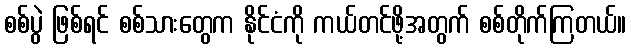
စစ်ပွဲ ဖြစ်ရင် စစ်သားတွေက နိုင်ငံကို ကယ်တင်ဖို့အတွက် စစ်တိုက်ကြတယ်။